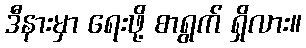
ဒီနားမှာ ရေးဖို့ စာရွက် ရှိလား။